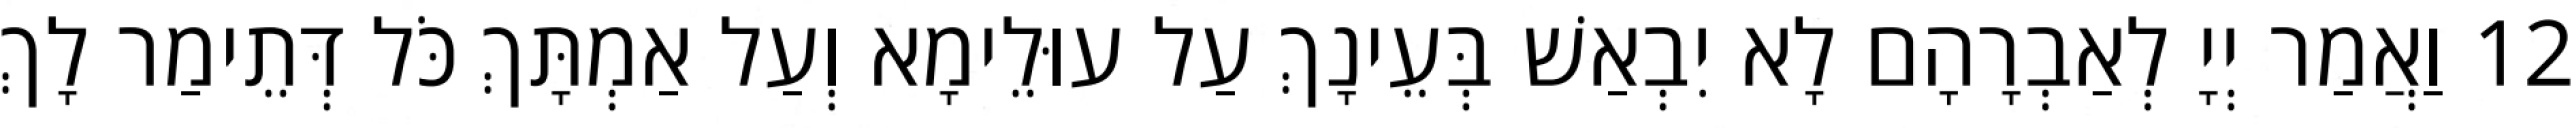
12 וַאֲמַר יְיָ לְאַבְרָהָם לָא יִבְאַשׁ בְּעֵינָךְ עַל עוּלֵימָא וְעַל אַמְתָּךְ כֹּל דְּתֵימַר לָךְ